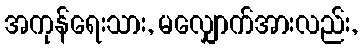
အကုန်ရေးသား, မလျှောက်အားလည်း,